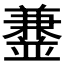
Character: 𫡁